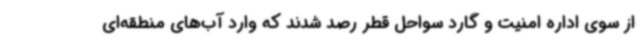
از سوی اداره امنیت و گارد سواحل قطر رصد شدند که وارد آب‌های منطقه‌ای